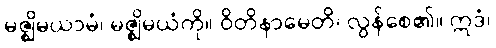
မဇ္ဈိမယာမံ၊ မဇ္ဈိမယံကို။ ဝိတိနာမေတိ၊ လွန်စေ၏။ ဣဒံ၊